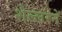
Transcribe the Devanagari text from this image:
शेल्लरने